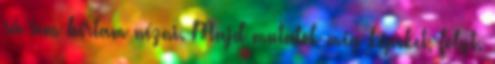
rá sem bírtam nézni. Majd mutatok még képeket, folyt.